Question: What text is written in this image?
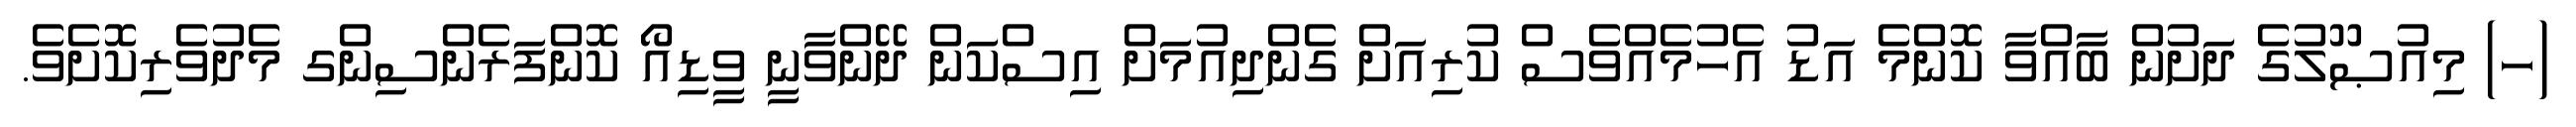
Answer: (ހ) މިއުޞޫލުގެ ދަށުން ބާއްވާ ކޮންމެ އަޑު އެހުމެއްވެސް ކުރިއަށް ގެންދިއުމަށް އިސްކަން ދޭންވާނީ ވީޑިއޯ ކޮންފަރެންސިންގ މެދުވެރިކޮށެވެ.